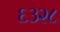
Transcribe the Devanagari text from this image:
६३२८